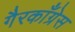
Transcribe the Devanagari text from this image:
गैरकाँग्रेस